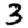
Digit: 3